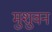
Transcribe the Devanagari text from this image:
मुशुवन